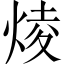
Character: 𤊥